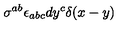
\sigma ^ { a b } \epsilon _ { a b c } d y ^ { c } \delta ( x - y )